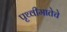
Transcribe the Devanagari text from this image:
पृथ्वीमातेचे